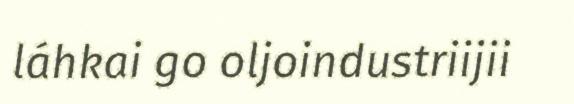
láhkai go oljoindustriijii